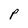
Character: P